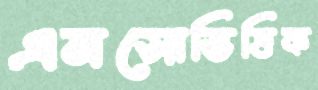
এনসোভিত্তিক